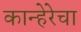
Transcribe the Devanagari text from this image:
कान्हेरेचा